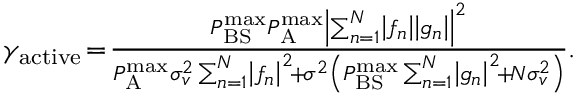
\begin{array} { r } { \gamma _ { \mathrm { a c t i v e } } \! = \! \frac { { P _ { { \mathrm { B S } } } ^ { { \operatorname* { m a x } } } P _ { \mathrm { A } } ^ { { \operatorname* { m a x } } } { { \left| { \sum _ { n = 1 } ^ { N } \! { \left| { { f _ { n } } } \right| \left| { { g _ { n } } } \right| } } \right| } ^ { 2 } } } } { { P _ { \mathrm { A } } ^ { { \operatorname* { m a x } } } \sigma _ { v } ^ { 2 } \sum _ { n = 1 } ^ { N } \! { { { \left| { { f _ { n } } } \right| } ^ { 2 } } } \! + \! { \sigma ^ { 2 } } \left( { P _ { { \mathrm { B S } } } ^ { { \operatorname* { m a x } } } \sum _ { n = 1 } ^ { N } \! { { { \left| { { g _ { n } } } \right| } ^ { 2 } } \! + \! N \sigma _ { v } ^ { 2 } } } \right) } } . } \end{array}